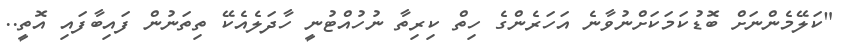
"ކަލޭމެންނަށް ބޮޑުކަމަކަށްނުވާނެ އަހަރެންގެ ހިތް ކިރިތާ ނުހުއްޓުނީ ހާދަލެއެކޭ ތިތަނުން ފައިބާފައި އޮތީ..